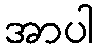
အာပါ